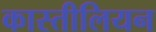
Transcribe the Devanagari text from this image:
कास्तीलियन